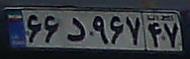
۶۶د۹۶۷۴۷